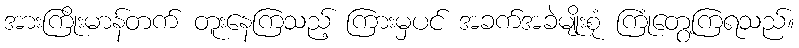
အားကြိုးမာန်တက် တူးနေကြသည့် ကြားမှပင် အခက်အခဲမျိုးစုံ ကြုံတွေ့ကြရသည်။